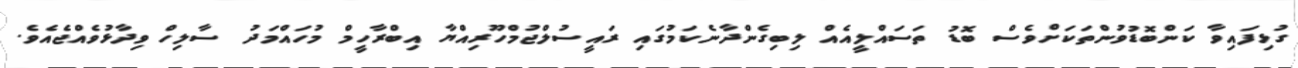
ގުޅިފައިވާ ކަންބޮޑުވުންތަކަށްވެސް ބޮޑު ތަސައްލީއެއް ލިބިގެންދާނެކަމުގައި ރައީސުލްޖުމްހޫރިއްޔާ އިބްރާހީމް މުހައްމަދު ސާލިހް ވިދާޅުވެއްޖެއެވެ.